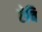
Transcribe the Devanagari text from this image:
ऐवि